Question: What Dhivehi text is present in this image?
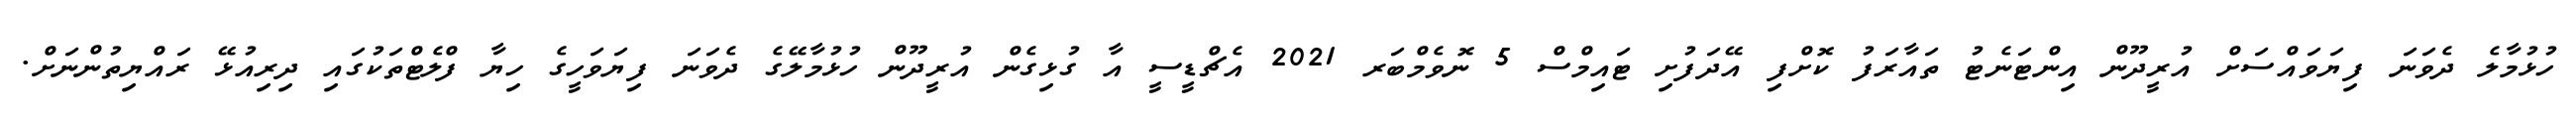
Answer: ހުޅުމާލެ ދެވަނަ ފިޔަވައްސަށް އުރީދޫން އިންޓަނެޓު ތައާރަފު ކޮށްފި އޭދަފުށި ޓައިމްސް 5 ނޮވެމްބަރ 2021 އެޗްޑީސީ އާ ގުޅިގެން އުރީދޫން ހުޅުމާލޭގެ ދެވަނަ ފިޔަވަހީގެ ހިޔާ ފްލެޓްތަކުގައި ދިރިއުޅޭ ރައްޔިތުންނަށް.